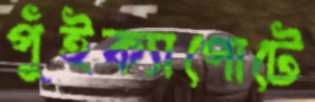
পুঁইক্যাপোটে